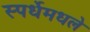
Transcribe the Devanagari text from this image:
स्पर्धेमधले